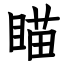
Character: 瞄